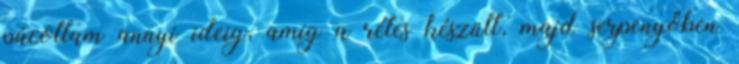
pácoltam annyi ideig, amíg a rétes készült, majd serpenyőben